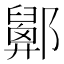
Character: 𨟋